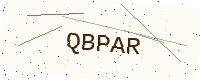
Text: QBPAR